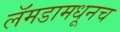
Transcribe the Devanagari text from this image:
लॅमडामधूनच